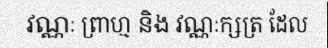
វណ្ណៈ ព្រាហ្ម និង វណ្ណៈក្សត្រ ដែល